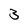
Character: 3